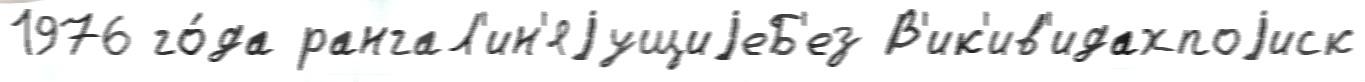
1976 го́да рангаЛ'ин'яjущиjеБ'ез В'ик'ив'идахпоjиск